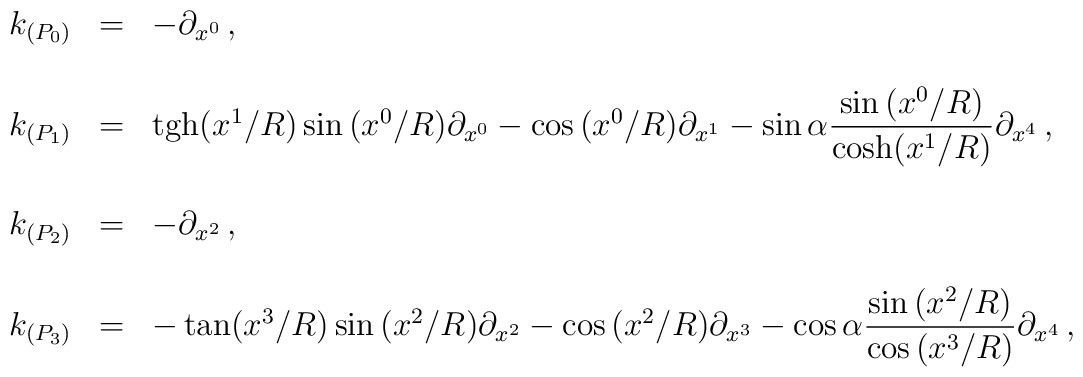
\begin{array}{rcl}k_{(P_{0})} & = & -\partial_{x^{0}}\, ,\\& & \\k_{(P_{1})} & = & {\rm tgh}(x^{1}/R) \sin{(x^{0}/R)}\partial_{x^{0}}-\cos{(x^{0}/R)}\partial_{x^{1}} -\sin{\alpha}{\displaystyle\frac{\sin{(x^{0}/R)}}{{\rm cosh}(x^{1}/R)}}\partial_{x^{4}}\, ,\\& & \\k_{(P_{2})} & = & -\partial_{x^{2}}\, ,\\& & \\k_{(P_{3})} & = & -\tan(x^{3}/R) \sin{(x^{2}/R)}\partial_{x^{2}}-\cos{(x^{2}/R)}\partial_{x^{3}} -\cos{\alpha}{\displaystyle\frac{\sin{(x^{2}/R)}}{\cos{(x^{3}/R)}}}\partial_{x^{4}}\, ,\\\end{array}